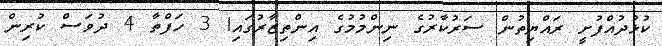
ކުޅުދުއްފުށީ ރައްޔިތުން ސަރުކާރުގެ ނިންމުމުގެ އިންތިޒާރުގައި! 3 ހަފްތާ 4 ދުވަސް ކުރިން